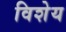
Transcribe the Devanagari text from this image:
विशेय